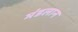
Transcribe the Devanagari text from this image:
मंडलान